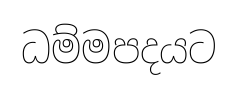
ධම්මපදයට